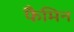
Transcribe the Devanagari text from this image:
फैमिन